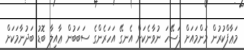
މަޢާފްކުރުން މަންމައަށް ފަސޭހަ ނުވާނެކަން އެނގޭ އަހަރެންގެ ސަބަބުން ޢާއިލާ ބޮޑު ބަދުނާމަކަށް